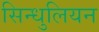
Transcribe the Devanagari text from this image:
सिन्धुलियन